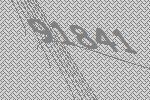
91841